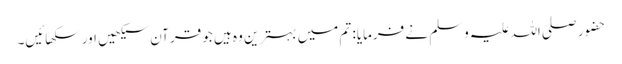
حضور صلی اللہ علیہ وسلم نے فرمایا: تم میں بہترین وہ ہیں جو قرآن سیکھیں اور سکھائیں۔